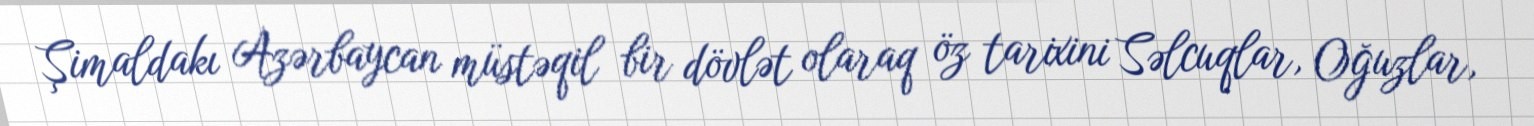
Şimaldakı Azərbaycan müstəqil bir dövlət olaraq öz tarixini Səlcuqlar, Oğuzlar,